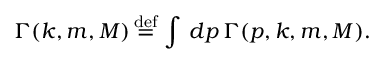
\Gamma ( k , m , M ) \mathop = ^ { \mathrm { d e f } } \, \int \, d p \, \Gamma ( p , k , m , M ) .